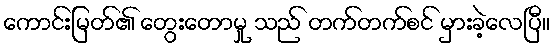
ကောင်းမြတ်၏ တွေးတောမှု သည် တက်တက်စင် မှားခဲ့လေပြီ။